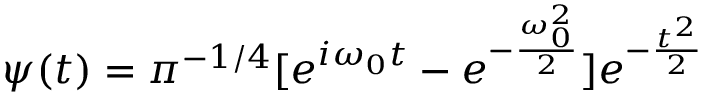
\psi ( t ) = \pi ^ { - 1 / 4 } [ e ^ { i \omega _ { 0 } t } - e ^ { - \frac { \omega _ { 0 } ^ { 2 } } { 2 } } ] e ^ { - \frac { t ^ { 2 } } { 2 } }